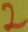
Text: 2